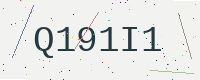
Text: Q191I1